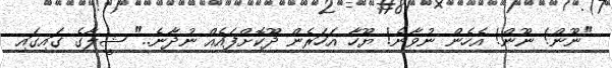
"ނޫން! ނޫން! އެހެން ނުވާނެ! ޔޫހާ އަހަރެން ދޫކޮށްފައެއް ނުދާނެ.." ޝީލާގެ ގައިގައި